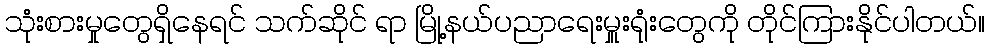
သုံးစားမှုတွေရှိနေရင် သက်ဆိုင် ရာ မြို့နယ်ပညာရေးမှူးရုံးတွေကို တိုင်ကြားနိုင်ပါတယ်။